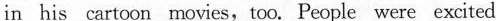
in his cartoon movies,too. People were excited